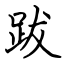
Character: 跋